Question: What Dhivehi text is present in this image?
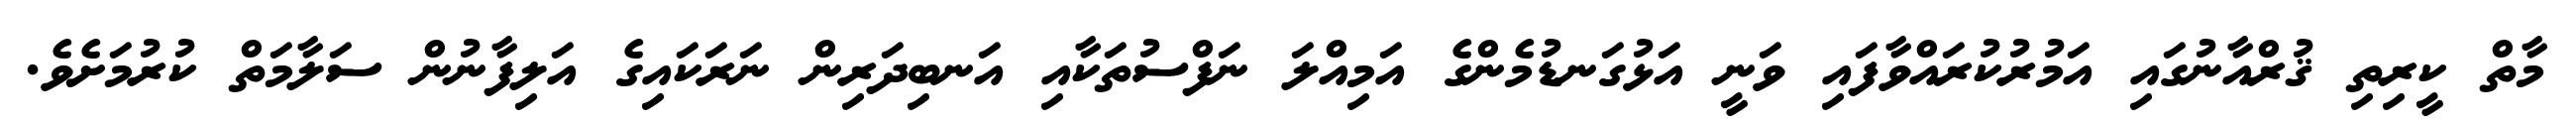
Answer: މާތް ކީރިތި ޤުރްއާނުގައި އަމުރުކުރައްވާފައި ވަނީ އަޅުގަނޑުމެންގެ އަމިއްލަ ނަފްސުތަކާއި އަނބިދަރިން ނަރަކައިގެ އަލިފާނުން ސަލާމަތް ކުރުމަށެވެ.